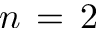
n \, = \, 2